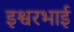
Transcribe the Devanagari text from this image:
इश्वरभाई